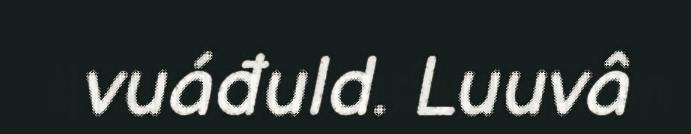
vuáđuld. Luuvâ